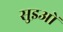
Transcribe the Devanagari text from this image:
सुइओं